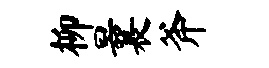
柳曩斧